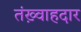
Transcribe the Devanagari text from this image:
तंख़्वाहदार